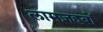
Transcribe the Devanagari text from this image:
लामज़हबों